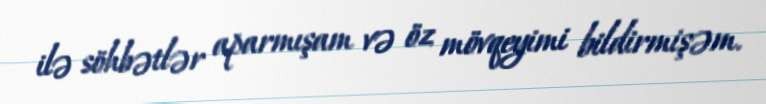
ilə söhbətlər aparmışam və öz mövqeyimi bildirmişəm.